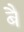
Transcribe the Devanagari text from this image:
बैं